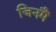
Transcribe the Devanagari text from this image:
जिनमैं